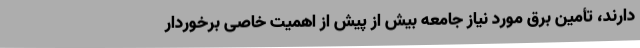
دارند، تأمین برق مورد نیاز جامعه بیش از پیش از اهمیت خاصی برخوردار